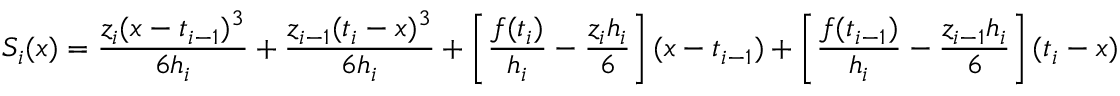
S _ { i } ( x ) = { \frac { z _ { i } ( x - t _ { i - 1 } ) ^ { 3 } } { 6 h _ { i } } } + { \frac { z _ { i - 1 } ( t _ { i } - x ) ^ { 3 } } { 6 h _ { i } } } + \left[ { \frac { f ( t _ { i } ) } { h _ { i } } } - { \frac { z _ { i } h _ { i } } { 6 } } \right] ( x - t _ { i - 1 } ) + \left[ { \frac { f ( t _ { i - 1 } ) } { h _ { i } } } - { \frac { z _ { i - 1 } h _ { i } } { 6 } } \right] ( t _ { i } - x )